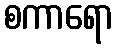
စကာရော